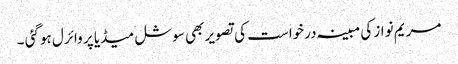
مریم نواز کی مبینہ درخواست کی تصویر بھی سوشل میڈیا پر وائرل ہوگئی ۔